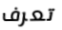
تعرف